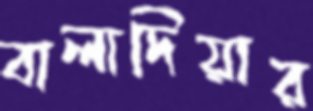
বালাদিয়ার